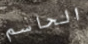
الحاسم